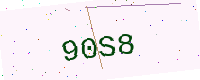
Text: 90S8